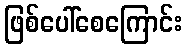
ဖြစ်ပေါ်စေကြောင်း